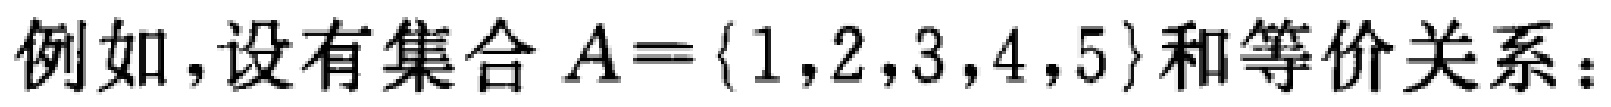
例如，设有集合 \(A = \{1,2,3,4,5\}\) 和等价关系：